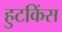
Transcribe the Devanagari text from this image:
हुटकिंस